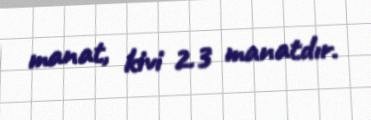
manat, kivi 2.3 manatdır.